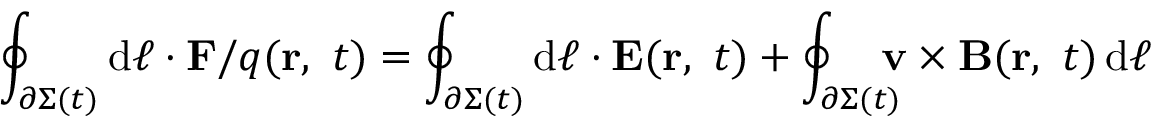
\oint _ { \partial \Sigma ( t ) } \mathrm { d } { \boldsymbol { \ell } } \cdot \mathbf { F } / q ( \mathbf { r } , \ t ) = \oint _ { \partial \Sigma ( t ) } \mathrm { d } { \boldsymbol { \ell } } \cdot \mathbf { E } ( \mathbf { r } , \ t ) + \oint _ { \partial \Sigma ( t ) } \! \! \! \! \mathbf { v } \times \mathbf { B } ( \mathbf { r } , \ t ) \, \mathrm { d } { \boldsymbol { \ell } }